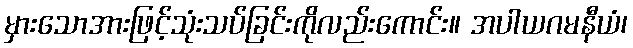
မှားသောအားဖြင့်သုံးသပ်ခြင်းကိုလည်းကောင်း။ အပါယဂမနီယံ၊